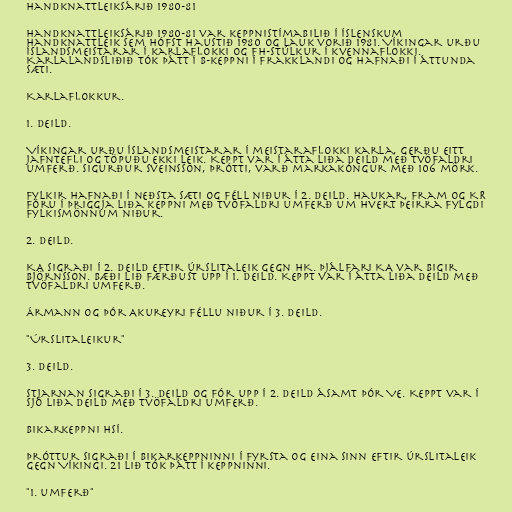
Handknattleiksárið 1980-81

Handknattleiksárið 1980-81 var keppnistímabilið í íslenskum
handknattleik sem hófst haustið 1980 og lauk vorið 1981. Víkingar urðu
Íslandsmeistarar í karlaflokki og FH-stúlkur í kvennaflokki.
Karlalandsliðið tók þátt í B-keppni í Frakklandi og hafnaði í áttunda
sæti.

Karlaflokkur.

1. deild.

Víkingar urðu Íslandsmeistarar í meistaraflokki karla, gerðu eitt
jafntefli og töpuðu ekki leik. Keppt var í átta liða deild með tvöfaldri
umferð. Sigurður Sveinsson, Þrótti, varð markakóngur með 106 mörk.

Fylkir hafnaði í neðsta sæti og féll niður í 2. deild. Haukar, Fram og KR
fóru í þriggja liða keppni með tvöfaldri umferð um hvert þeirra fylgdi
Fylkismönnum niður.

2. deild.

KA sigraði í 2. deild eftir úrslitaleik gegn HK. Þjálfari KA var Bigir
Björnsson. Bæði lið færðust upp í 1. deild. Keppt var í átta liða deild með
tvöfaldri umferð.

Ármann og Þór Akureyri féllu niður í 3. deild.

"Úrslitaleikur"

3. deild.

Stjarnan sigraði í 3. deild og fór upp í 2. deild ásamt Þór Ve. Keppt var í
sjö liða deild með tvöfaldri umferð.

Bikarkeppni HSÍ.

Þróttur sigraði í bikarkeppninni í fyrsta og eina sinn eftir úrslitaleik
gegn Víkingi. 21 lið tók þátt í keppninni.

"1. umferð"